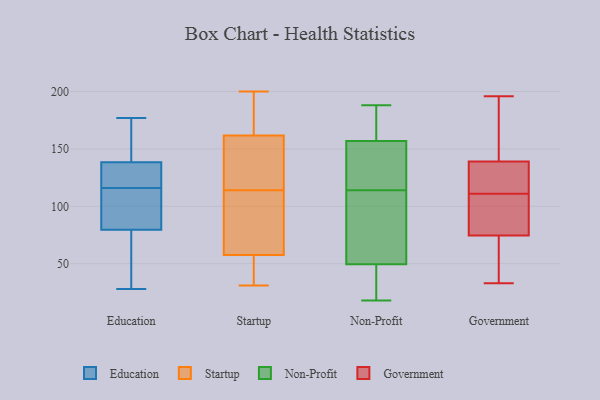
{"axis": {"x": "Backlog", "y": "Value"}, "legend": ["Education", "Government", "Non-Profit", "Startup"], "data": [{"x": "", "y": 163, "type": "Education"}, {"x": "", "y": 38, "type": "Education"}, {"x": "", "y": 116, "type": "Education"}, {"x": "", "y": 177, "type": "Education"}, {"x": "", "y": 77, "type": "Education"}, {"x": "", "y": 99, "type": "Education"}, {"x": "", "y": 127, "type": "Education"}, {"x": "", "y": 107, "type": "Education"}, {"x": "", "y": 61, "type": "Education"}, {"x": "", "y": 137, "type": "Education"}, {"x": "", "y": 116, "type": "Education"}, {"x": "", "y": 139, "type": "Education"}, {"x": "", "y": 126, "type": "Education"}, {"x": "", "y": 43, "type": "Education"}, {"x": "", "y": 140, "type": "Education"}, {"x": "", "y": 87, "type": "Education"}, {"x": "", "y": 176, "type": "Education"}, {"x": "", "y": 28, "type": "Education"}, {"x": "", "y": 89, "type": "Education"}, {"x": "", "y": 31, "type": "Startup"}, {"x": "", "y": 163, "type": "Startup"}, {"x": "", "y": 62, "type": "Startup"}, {"x": "", "y": 56, "type": "Startup"}, {"x": "", "y": 135, "type": "Startup"}, {"x": "", "y": 45, "type": "Startup"}, {"x": "", "y": 200, "type": "Startup"}, {"x": "", "y": 158, "type": "Startup"}, {"x": "", "y": 114, "type": "Startup"}, {"x": "", "y": 195, "type": "Startup"}, {"x": "", "y": 101, "type": "Startup"}, {"x": "", "y": 133, "type": "Non-Profit"}, {"x": "", "y": 66, "type": "Non-Profit"}, {"x": "", "y": 18, "type": "Non-Profit"}, {"x": "", "y": 182, "type": "Non-Profit"}, {"x": "", "y": 157, "type": "Non-Profit"}, {"x": "", "y": 101, "type": "Non-Profit"}, {"x": "", "y": 44, "type": "Non-Profit"}, {"x": "", "y": 114, "type": "Non-Profit"}, {"x": "", "y": 188, "type": "Non-Profit"}, {"x": "", "y": 157, "type": "Non-Profit"}, {"x": "", "y": 35, "type": "Non-Profit"}, {"x": "", "y": 161, "type": "Government"}, {"x": "", "y": 113, "type": "Government"}, {"x": "", "y": 144, "type": "Government"}, {"x": "", "y": 143, "type": "Government"}, {"x": "", "y": 78, "type": "Government"}, {"x": "", "y": 166, "type": "Government"}, {"x": "", "y": 125, "type": "Government"}, {"x": "", "y": 135, "type": "Government"}, {"x": "", "y": 126, "type": "Government"}, {"x": "", "y": 61, "type": "Government"}, {"x": "", "y": 82, "type": "Government"}, {"x": "", "y": 109, "type": "Government"}, {"x": "", "y": 98, "type": "Government"}, {"x": "", "y": 78, "type": "Government"}, {"x": "", "y": 58, "type": "Government"}, {"x": "", "y": 128, "type": "Government"}, {"x": "", "y": 41, "type": "Government"}, {"x": "", "y": 71, "type": "Government"}, {"x": "", "y": 33, "type": "Government"}, {"x": "", "y": 196, "type": "Government"}]}